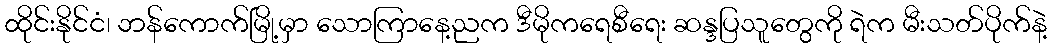
ထိုင်းနိုင်ငံ၊ ဘန်ကောက်မြို့မှာ သောကြာနေ့ညက ဒီမိုကရေစီရေး ဆန္ဒပြသူတွေကို ရဲက မီးသတ်ပိုက်နဲ့